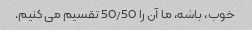
خوب، باشه، ما آن را 50/50 تقسیم می کنیم.